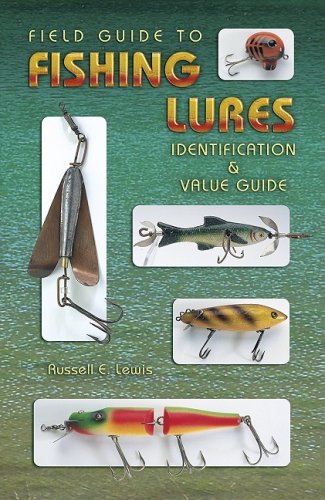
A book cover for Field Guide to Fishing Lures: Identification & Value Guide; Russell E. Lewis; Crafts, Hobbies & Home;